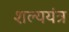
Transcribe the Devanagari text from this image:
शल्ययंत्र